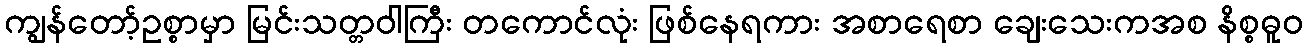
ကျွန်တော့်ဥစ္စာမှာ မြင်းသတ္တဝါကြီး တကောင်လုံး ဖြစ်နေရကား အစာရေစာ ချေးသေးကအစ နိစ္စဓူဝ